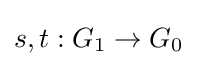
s,t:G_{1}\to G_{0}